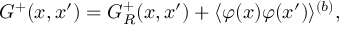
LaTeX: G ^ { + } ( x , x ^ { \prime } ) = G _ { R } ^ { + } ( x , x ^ { \prime } ) + \langle \varphi ( x ) \varphi ( x ^ { \prime } ) \rangle ^ { ( b ) } ,